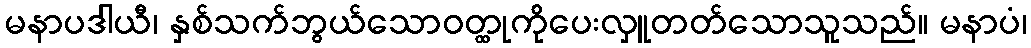
မနာပဒါယီ၊ နှစ်သက်ဘွယ်သောဝတ္ထုကိုပေးလှူတတ်သောသူသည်။ မနာပံ၊